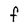
Character: F